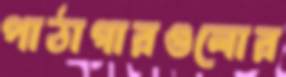
পাঠাগারগুলোর